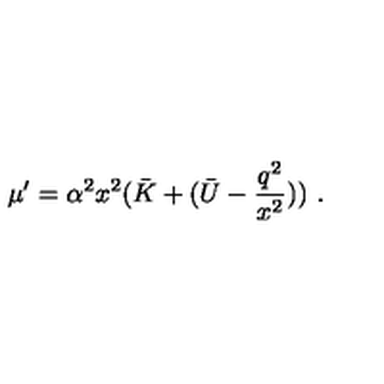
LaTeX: \mu ^ { \prime } = \alpha ^ { 2 } x ^ { 2 } ( \bar { K } + ( \bar { U } - \frac { q ^ { 2 } } { x ^ { 2 } } ) ) \ .